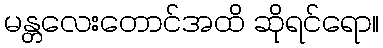
မန္တလေးတောင်အထိ ဆိုရင်ရော။